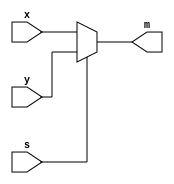
module mux2to1(input x, y, s, output m);

	assign m = s ? y : x;
	
endmodule

module flipflop(input data, clock, reset, output reg out);
	always @(posedge clock)
	begin 
	if(reset == 1'b1)
		out <= 1'b0;
	else
		out <= data;
	end
endmodule


module rotatingRegister1bit(clk, reset, loadn, rotateRight, dataIn, left, right, Q);
	input clk, reset, loadn, rotateRight, dataIn, left, right; 
	output Q; 
	wire Con1, ConIn; 
	
	mux2to1 u1 (.s(rotateRight), .x(left), .y(right), .m(Con1)); 
	mux2to1 load (.s(loadn), .x(Con1), .y(dataIn), .m(ConIn)); 
	flipflop flipflop1(.data(ConIn), .reset(reset), .clock(clk), .out(Q)); 
	
endmodule


module lab4part3(SW, KEY, LEDR, q); 
	input [9:0] SW;
	input [3:0] KEY;
	output [7:0] q; 
	output [7:0] LEDR; 
	wire AS;

	mux2to1 ASMove(.x(q[7]),.y(q[0]),.s(KEY[3]),.m(AS)); 
	
	
	rotatingRegister1bit bit7 (.clk(KEY[0]),.reset(SW[9]),.loadn(KEY[1]),.rotateRight(KEY[2]),.dataIn((SW[7])),.left(AS),.right(q[6]),.Q(q[7])); 
	rotatingRegister1bit bit6 (.clk(KEY[0]),.reset(SW[9]),.loadn(KEY[1]),.rotateRight(KEY[2]),.dataIn((SW[6])),.left(q[7]),.right(q[5]),.Q(q[6])); 
	rotatingRegister1bit bit5 (.clk(KEY[0]),.reset(SW[9]),.loadn(KEY[1]),.rotateRight(KEY[2]),.dataIn((SW[5])),.left(q[6]),.right(q[4]),.Q(q[5])); 
	rotatingRegister1bit bit4 (.clk(KEY[0]),.reset(SW[9]),.loadn(KEY[1]),.rotateRight(KEY[2]),.dataIn((SW[4])),.left(q[5]),.right(q[3]),.Q(q[4])); 
	rotatingRegister1bit bit3 (.clk(KEY[0]),.reset(SW[9]),.loadn(KEY[1]),.rotateRight(KEY[2]),.dataIn((SW[3])),.left(q[4]),.right(q[2]),.Q(q[3])); 
	rotatingRegister1bit bit2 (.clk(KEY[0]),.reset(SW[9]),.loadn(KEY[1]),.rotateRight(KEY[2]),.dataIn((SW[2])),.left(q[3]),.right(q[1]),.Q(q[2])); 
	rotatingRegister1bit bit1 (.clk(KEY[0]),.reset(SW[9]),.loadn(KEY[1]),.rotateRight(KEY[2]),.dataIn((SW[1])),.left(q[2]),.right(q[0]),.Q(q[1])); 
	rotatingRegister1bit bit0 (.clk(KEY[0]),.reset(SW[9]),.loadn(KEY[1]),.rotateRight(KEY[2]),.dataIn((SW[0])),.left(q[1]),.right(q[7]),.Q(q[0])); 

	assign LEDR[7:0] = q[7:0]; 

endmodule